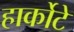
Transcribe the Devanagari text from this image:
हार्कोटे